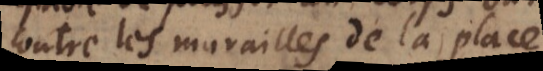
contre les murailles de la place,